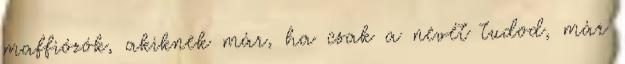
maffiózók, akiknek már, ha csak a nevét tudod, már